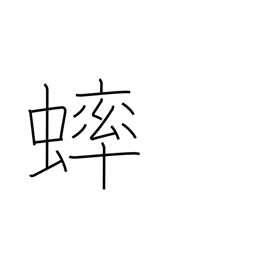
Meaning: grasshopper